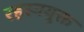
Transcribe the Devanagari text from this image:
रहस्‍ययुक्त